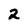
Character: 2